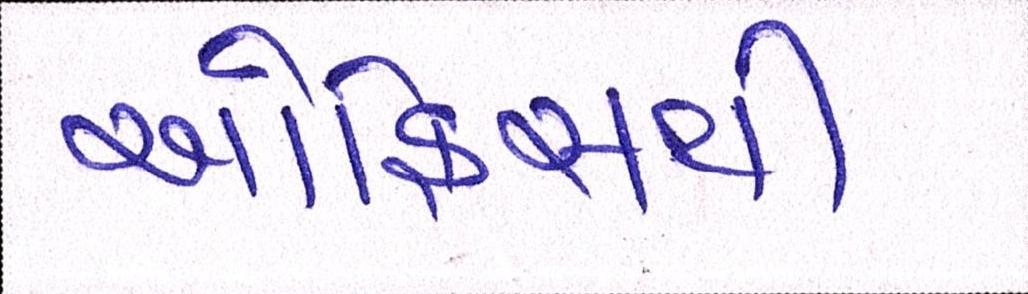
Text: ઓફિસથી